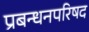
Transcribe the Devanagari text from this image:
प्रबन्धनपरिषद